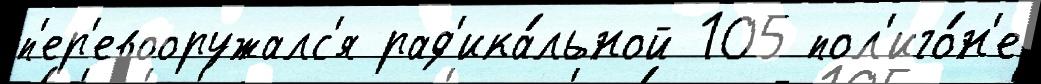
п'ер'евооружалс'я рад'ика́льной 105 пол'иго́н'е